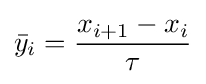
{\bar {y}}_{i}={\frac {x_{i+1}-x_{i}}{\tau }}